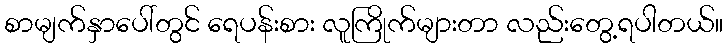
စာမျက်နှာပေါ်တွင် ရေပန်းစား လူကြိုက်များတာ လည်းတွေ့ရပါတယ်။